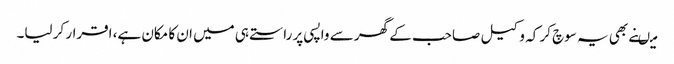
میںنے بھی یہ سوچ کر کہ وکیل صاحب کے گھر سے واپسی پر راستے ہی میں ان کا مکان ہے، اقرار کر لیا۔